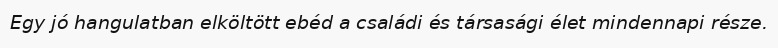
Egy jó hangulatban elköltött ebéd a családi és társasági élet mindennapi része.